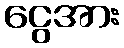
ငွေအား